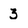
Character: 3